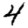
Digit: 4